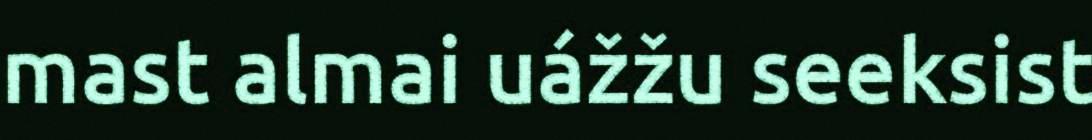
mast almai uážžu seeksist